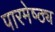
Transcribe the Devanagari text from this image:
पारमेष्ठ्य